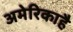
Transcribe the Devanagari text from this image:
अमेरिकाहै